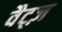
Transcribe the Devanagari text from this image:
वैट्ज़